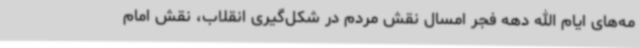
مه‌های ایام الله دهه فجر امسال نقش مردم در شکل‌گیری انقلاب، نقش امام